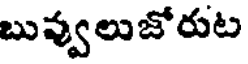
బువ్వులుజోరుట